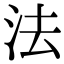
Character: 法